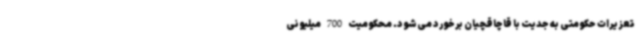
تعزیرات حکومتی به جدیت با قاچاقچیان برخورد می‌شود. محکومیت 700 میلیونی